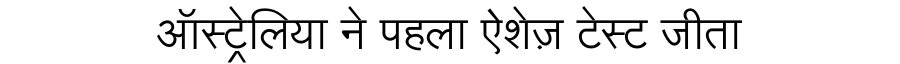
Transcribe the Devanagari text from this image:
ऑस्ट्रेलिया ने पहला ऐशेज़ टेस्ट जीता